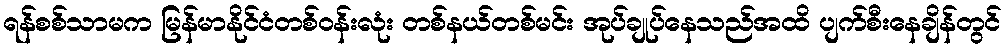
ရန်စစ်သာမက မြန်မာနိုင်ငံတစ်ဝန်းလုံး တစ်နယ်တစ်မင်း အုပ်ချုပ်နေသည်အထိ ပျက်စီးနေချိန်တွင်